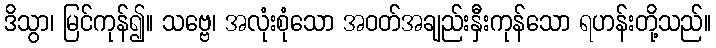
ဒိသွာ၊ မြင်ကုန်၍။ သဗ္ဗေ၊ အလုံးစုံသော အဝတ်အချည်းနှီးကုန်သော ရဟန်းတို့သည်။